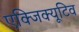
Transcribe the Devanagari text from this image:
एक्‍जिक्‍यूटिव